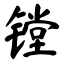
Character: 镗